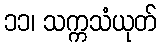
၁၁၊ သက္ကသံယုတ်